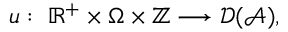
u : \; \mathbb { R } ^ { + } \times \Omega \times \mathbb { Z } \longrightarrow { \mathcal { D } ( \mathcal { A } ) } ,